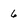
Character: 6